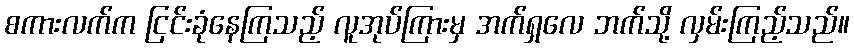
စကားလက်က ငြင်းခုံနေကြသည့် လူအုပ်ကြားမှ အက်ရှလေ ဘက်သို့ လှမ်းကြည့်သည်။